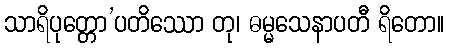
သာရိပုတ္တော’ပတိဿော တု၊ ဓမ္မသေနာပတီ ရိတော။